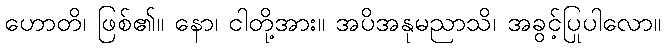
ဟောတိ၊ ဖြစ်၏။ နော၊ ငါတို့အား။ အပိအနုမညာသိ၊ အခွင့်ပြုပါလော။